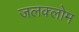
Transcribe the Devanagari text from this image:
जलक्लोम